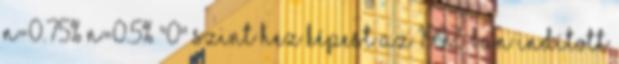
n=0.75% n=0.5% "0" szint hez képest Az 1992-ban indított